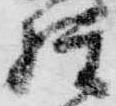
権